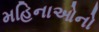
મહિનાઓનો